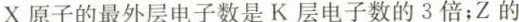
X原子的最外层电子数是K层电子数的3倍；Z的